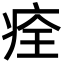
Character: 痊